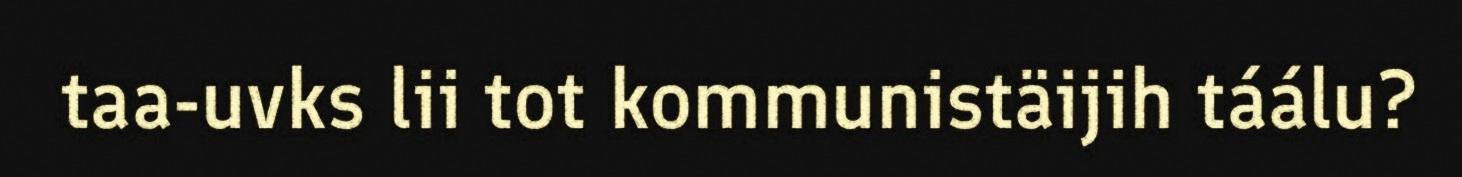
taa-uvks lii tot kommunistäijih táálu?